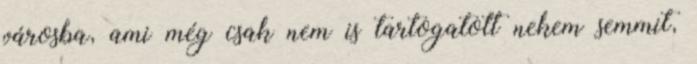
városba, ami még csak nem is tartogatott nekem semmit,